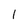
Character: I